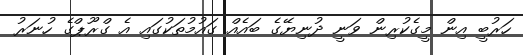
ހަރުބީ އިން މީގެކުރިން ވަނީ ދުނިޔޭގެ ބައެއް ގައުމުތަކުގައި އެ ގްރޫޕްގެ ހުނަރު